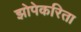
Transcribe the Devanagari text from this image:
झोपेकरिता